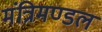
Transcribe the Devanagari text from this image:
मंत्रिमण्‍डल